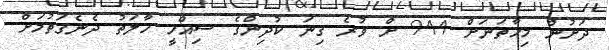
ދަށުން މިހާތަނަށް 944 ށް ވުރެ ގިނަ ކުދިންގެ ސިއްހީ ހާލަތު ދެނެގަތުމަށް